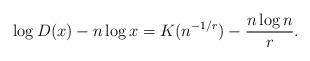
LaTeX: \begin{align*}\log D(x)-n\log x= K(n^{-1/r})-\frac{n\log n}{r}.\end{align*}